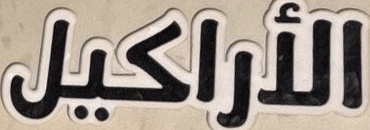
الأراكيل